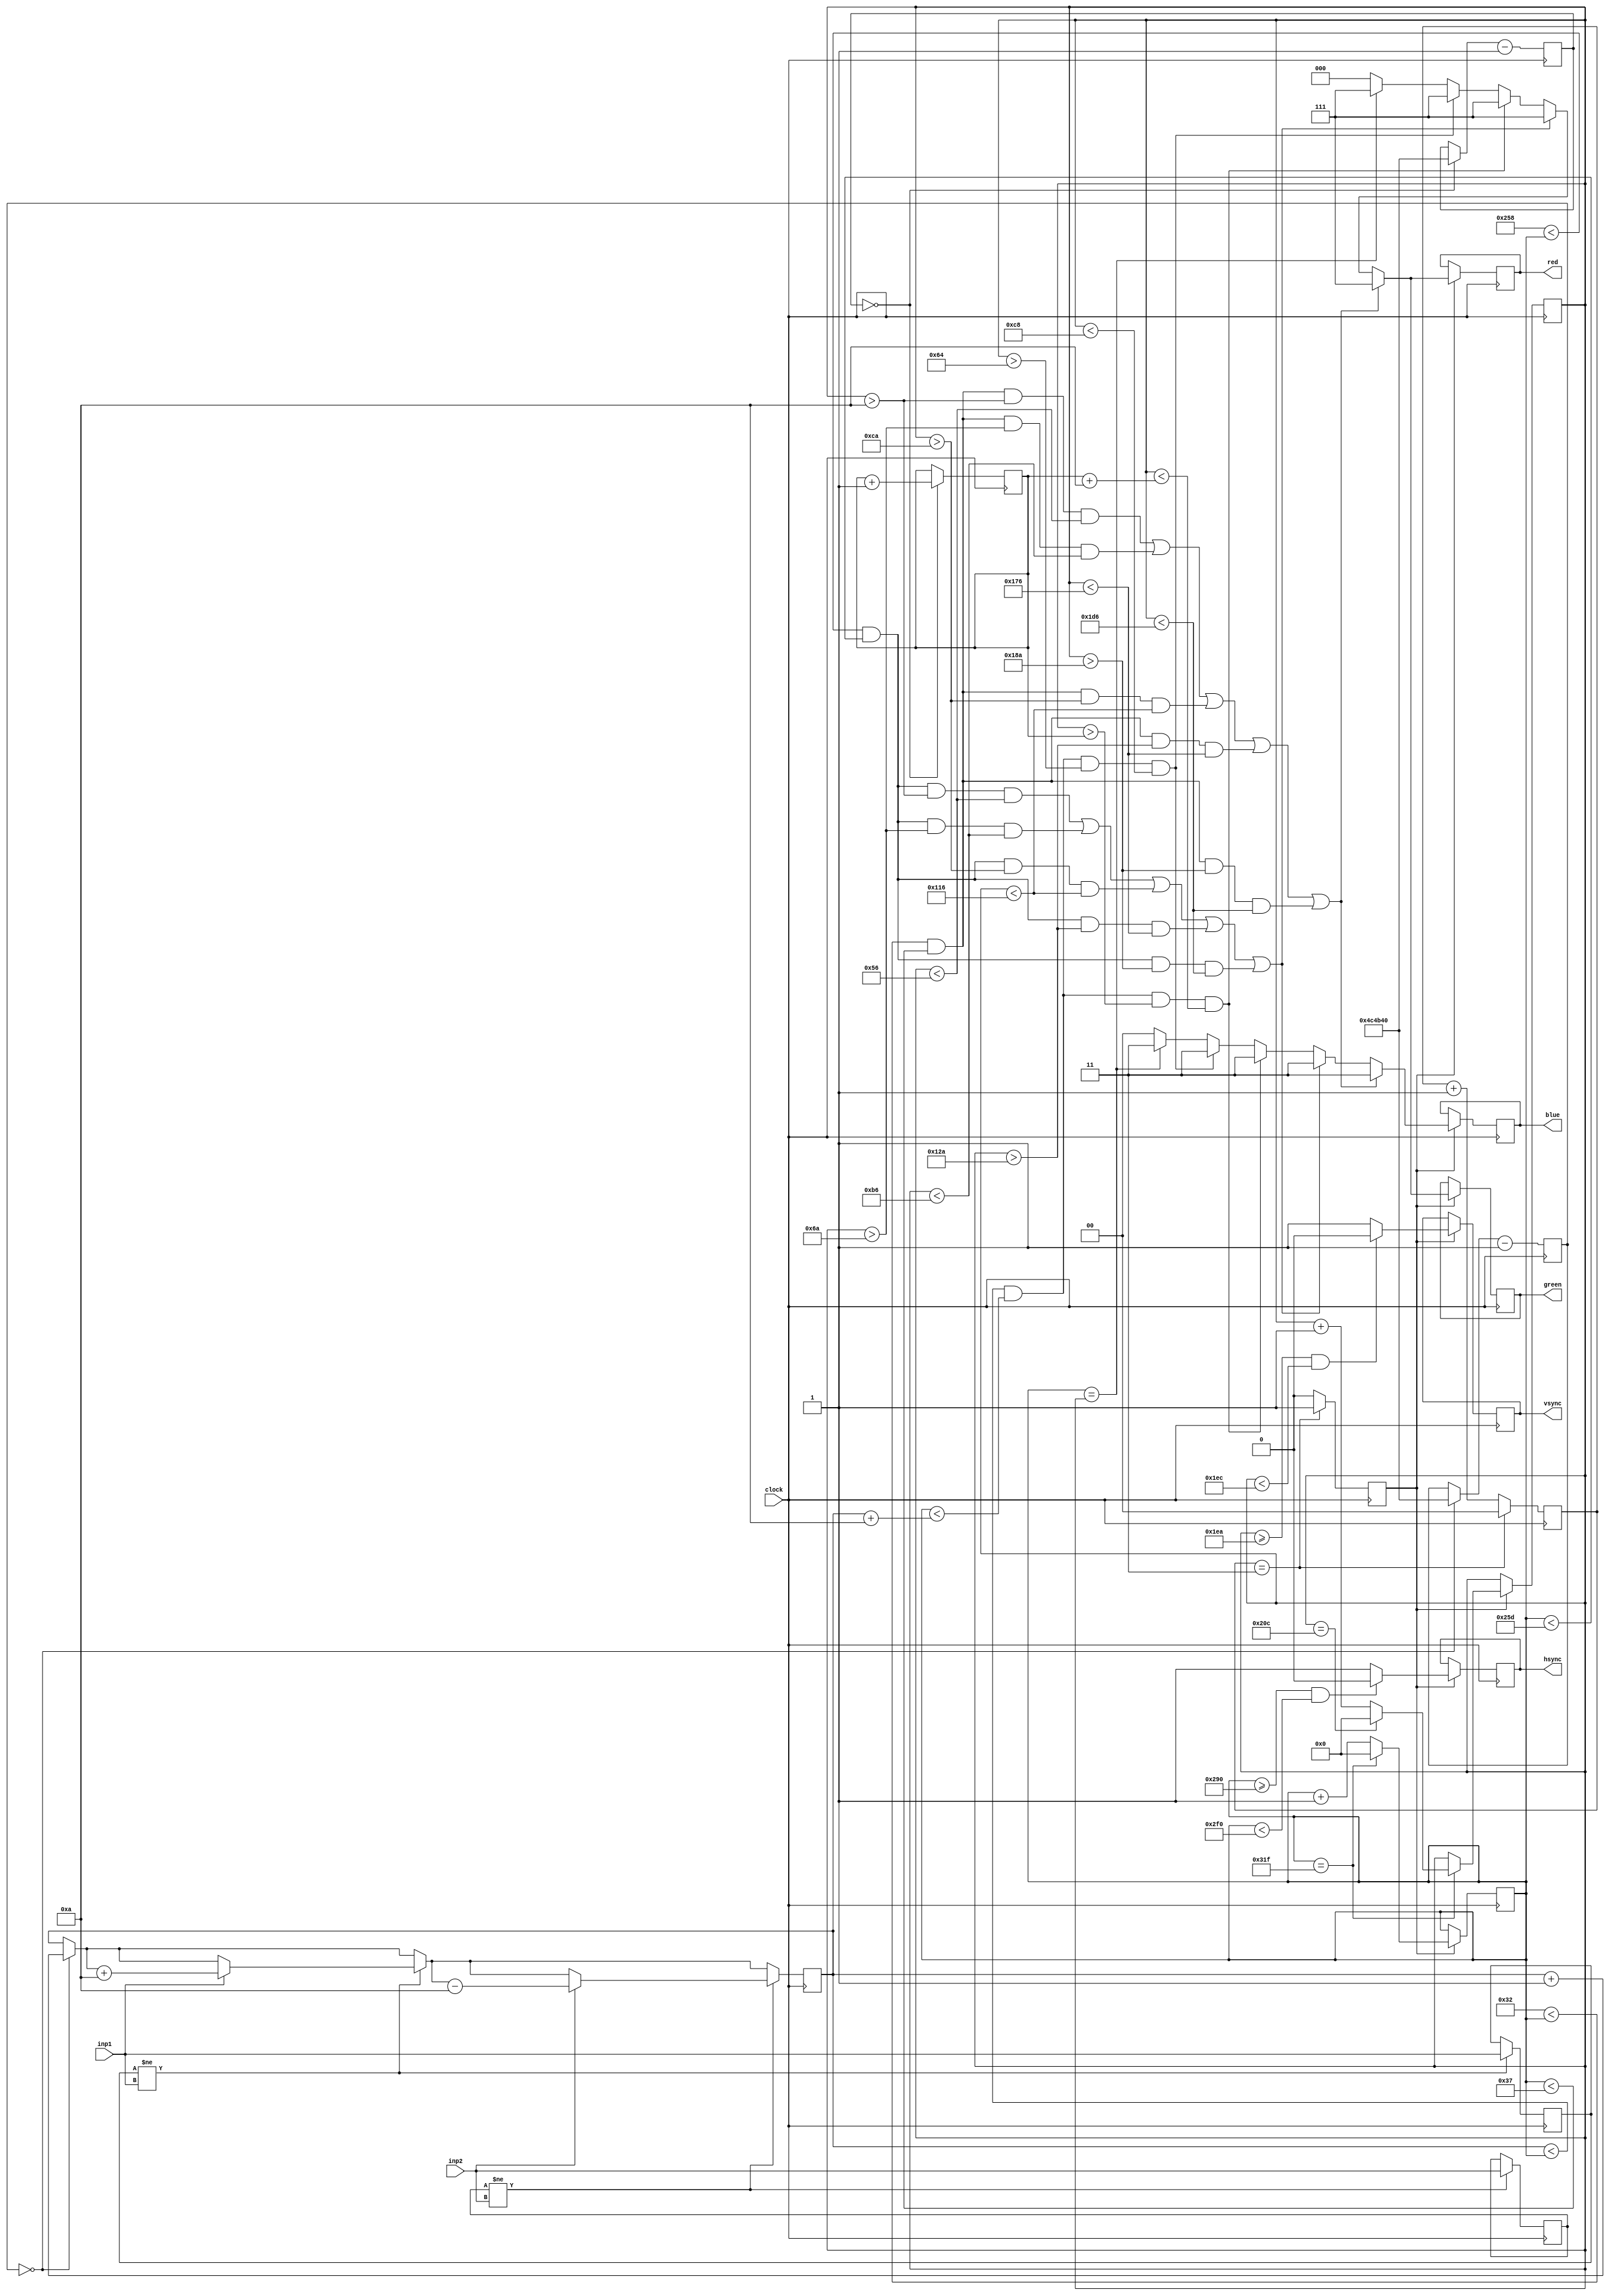
module VGA_gamer(
  input clock,
  output reg [2:0 ] red, 
  output reg [2:0 ] green, 
  output reg [1:0 ] blue,
  output reg hsync, 
  output reg vsync,
  input inp1,
  input inp2
);


reg [9:0] hcount = 0;
reg [9:0] vcount = 0;
reg [1:0] counter = 0;
reg enable;

always @ (posedge clock)
begin
  if (counter == 3)
  begin
    counter <= 1'b0;
    enable <= 1'b1;
  end
  else
  begin
    counter <= counter + 1'b1;
    enable <= 1'b0;
  end
end

always @(posedge clock)
begin
  if (enable == 1)
  begin
    if(hcount == 799)
    begin
      hcount <= 0;
      if(vcount == 524)
        vcount <= 0;
      else 
        vcount <= vcount+1'b1;
    end
    else
      hcount <= hcount+1'b1;
 
 
  if (vcount >= 490 && vcount < 492) 
    vsync <= 1'b0;
  else
    vsync <= 1'b1;

  if (hcount >= 656 && hcount < 752) 
    hsync <= 1'b0;
  else
    hsync <= 1'b1;
  end
end







/// Slikica na zaslonu v bistvu ozadje

always @ (posedge clock)
begin
  if (enable)
  begin
    
    if ( (50 < hcount && hcount < 55 &&  vcount > 10 && vcount < 86 ) || (50 < hcount && hcount < 55 &&  vcount > 106 && vcount < 182) || (50 < hcount && hcount < 55 &&  vcount > 202 && vcount < 278)  || (50 < hcount && hcount < 55 &&  vcount > 298 && vcount < 374)|| (50 < hcount && hcount < 55 &&  vcount > 394 && vcount < 470)) //Leva meja 
    begin
      green <= 3'b111;
      blue <= 2'b11; 
      red <= 3'b111;
    end
	 else if ( (600 < hcount && hcount < 605 &&  vcount > 10 && vcount < 86 ) || (600 < hcount && hcount < 605 &&  vcount > 106 && vcount < 182) || (600 < hcount && hcount < 605 &&  vcount > 202 && vcount < 278)  || (600 < hcount && hcount < 605 &&  vcount > 298 && vcount < 374)|| (600 < hcount && hcount < 605 &&  vcount > 394 && vcount < 470)) //Desna meja
    begin
      green <= 3'b111;
      blue <= 2'b11; 
      red <= 3'b111;
    end
	 else if ( (countx < hcount && hcount < countx + 10 &&  vcount > county && vcount < county+10 ) ) //Žogica
    begin
	 
      green <= 3'b111;
      blue <= 2'b11; 
      red <= 3'b111;
    end
	 else if ( (countx < hcount && hcount < countx + 10 &&  vcount > 100 && vcount < 200 ) ) //Kvadratek
    begin
	 
      green <= 3'b111;
      blue <= 2'b11; 
      red <= 3'b111;
    end
	 else if ( hcount == vcount) 
    begin
      green <= 3'b111;
      blue <= 2'b11; 
      red <= 3'b111;
    end
    else 
    begin
      green <= 3'b000;
      blue <= 2'b00; 
      red <= 3'b000;
    end
  end 
end 


reg [25:0] accumx = 0;
reg [25:0] accumy = 0;
reg [8:0] countx = 0;
reg [8:0] county = 0;

wire ppsx = (accumx == 0);
wire ppsy = (accumy == 0);

reg prev_inp1 = 0;
reg prev_inp2 = 0;

always @(posedge clock) begin
    accumx <= (ppsx ? 5_000_000 : accumx) - 1;
	 accumy <= (ppsy ? 5_000_000 : accumy) - 1;

    if (ppsx) begin
		countx = countx+1;
	end
	if (ppsy) begin
		county = county+1;
        //… things to do once per second /10 …
    end
	 if  (prev_inp1 != inp1)
		begin
			if (inp1 == 1)
				begin
					countx = countx + 10;
					prev_inp1 <= inp1;
				end
			else
				begin
					prev_inp1 <= inp1;
				end
	end
	if  (prev_inp2 != inp2)
		begin
			if (inp2 == 1)
				begin
					countx = countx - 10;
					prev_inp2 <= inp2;
				end
			else
				begin
					prev_inp2 <= inp2;
				end
	end
end



	

endmodule